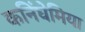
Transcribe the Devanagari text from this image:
कनिंघेमिया